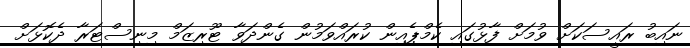
ނައިބު ރައީސަކަށް ވުމަށް ފާޅުގައި ކެމްޕެއިން ކުރައްވަމުން ގެންދަވާ ޓޫރިޒަމް މިނިސްޓަރާ ދެކޮޅަށް